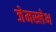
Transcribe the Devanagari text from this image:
जेमस्लेभ